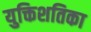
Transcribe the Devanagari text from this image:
युक्तिशतिका